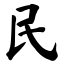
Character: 民